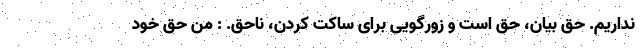
نداریم. حقِ بیان، حق است و زورگویی برای ساکت کردن، ناحق. : من حق خود